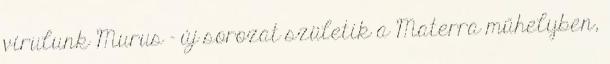
virulunk Murus - új sorozat születik a Materra műhelyben,